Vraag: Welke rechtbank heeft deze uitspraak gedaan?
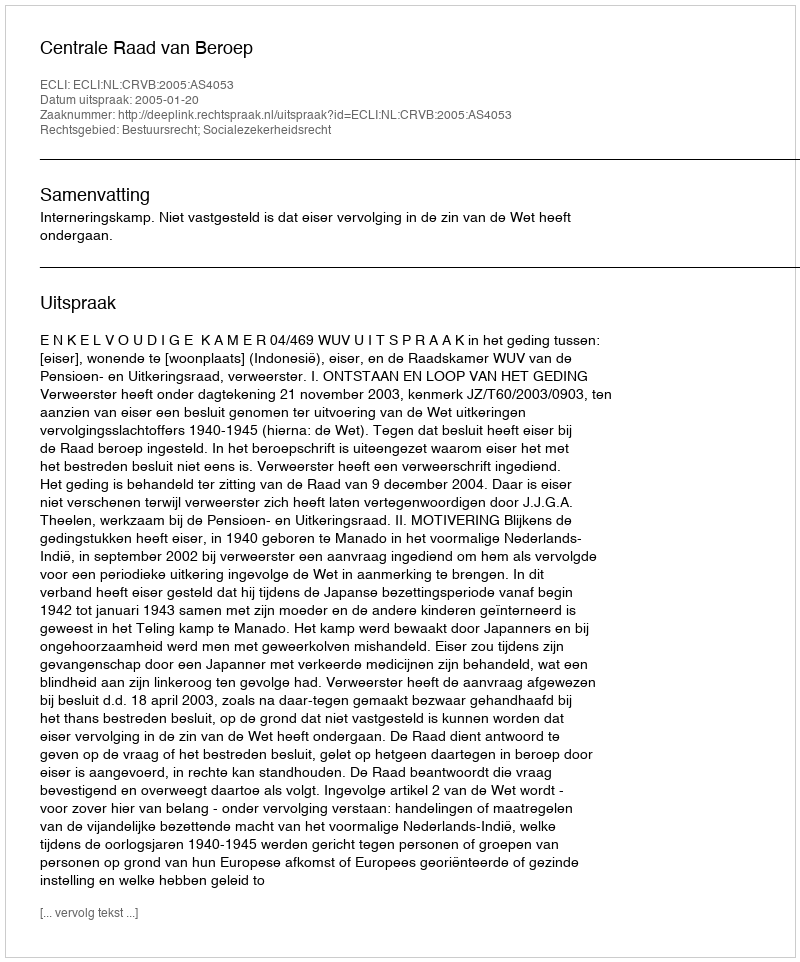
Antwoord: Centrale Raad van Beroep